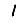
Digit: 1